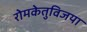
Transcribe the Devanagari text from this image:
रोमकेतुविजया